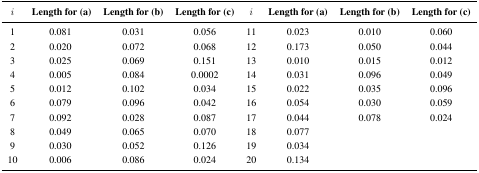
<table><thead><tr><td><b><i>i</i></b></td><td><b>Length for (a)</b></td><td><b>Length for (b)</b></td><td><b>Length for (c)</b></td><td><b><i>i</i></b></td><td><b>Length for (a)</b></td><td><b>Length for (b)</b></td><td><b>Length for (c)</b></td></tr></thead><tbody><tr><td>1</td><td>0.081</td><td>0.031</td><td>0.056</td><td>11</td><td>0.023</td><td>0.010</td><td>0.060</td></tr><tr><td>2</td><td>0.020</td><td>0.072</td><td>0.068</td><td>12</td><td>0.173</td><td>0.050</td><td>0.044</td></tr><tr><td>3</td><td>0.025</td><td>0.069</td><td>0.151</td><td>13</td><td>0.010</td><td>0.015</td><td>0.012</td></tr><tr><td>4</td><td>0.005</td><td>0.084</td><td>0.0002</td><td>14</td><td>0.031</td><td>0.096</td><td>0.049</td></tr><tr><td>5</td><td>0.012</td><td>0.102</td><td>0.034</td><td>15</td><td>0.022</td><td>0.035</td><td>0.096</td></tr><tr><td>6</td><td>0.079</td><td>0.096</td><td>0.042</td><td>16</td><td>0.054</td><td>0.030</td><td>0.059</td></tr><tr><td>7</td><td>0.092</td><td>0.028</td><td>0.087</td><td>17</td><td>0.044</td><td>0.078</td><td>0.024</td></tr><tr><td>8</td><td>0.049</td><td>0.065</td><td>0.070</td><td>18</td><td>0.077</td><td></td><td></td></tr><tr><td>9</td><td>0.030</td><td>0.052</td><td>0.126</td><td>19</td><td>0.034</td><td></td><td></td></tr><tr><td>10</td><td>0.006</td><td>0.086</td><td>0.024</td><td>20</td><td>0.134</td><td></td><td></td></tr></tbody></table>